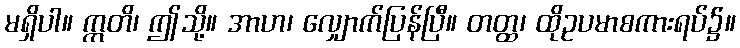
မရှိပါ။ ဣတိ၊ ဤသို့။ အာဟ၊ လျှောက်ပြန်ပြီ။ တတ္ထ၊ ထိုဥပမာစကားရပ်၌။